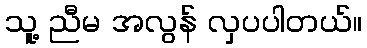
သူ့ ညီမ အလွန် လှပပါတယ်။